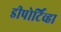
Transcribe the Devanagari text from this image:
डीपोर्टिव्हा